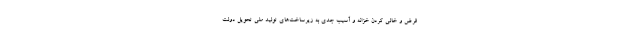
قرض و خالی کردن خزانه و آسیب جدی به زیرساخت‌های تولید ملی تحویل دولت